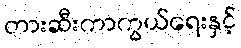
တားဆီးကာကွယ်ရေးနှင့်